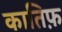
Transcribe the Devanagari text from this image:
कातिफ़